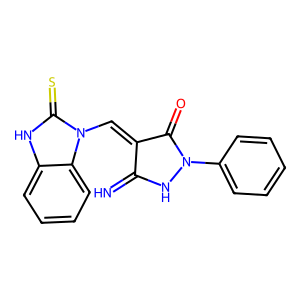
SMILES: N=C1NN(c2ccccc2)C(=O)C1=Cn1c(=S)[nH]c2ccccc21
Inhibits HIV replication: No